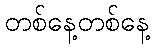
တစ်နေ့တစ်နေ့